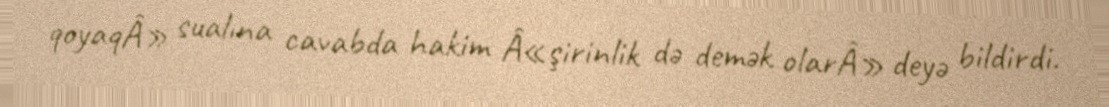
qoyaqÂ» sualına cavabda hakim Â«şirinlik də demək olarÂ» deyə bildirdi.